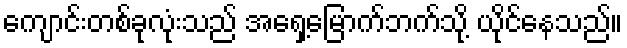
ကျောင်းတစ်ခုလုံးသည် အရှေ့မြောက်ဘက်သို့ ယိုင်နေသည်။